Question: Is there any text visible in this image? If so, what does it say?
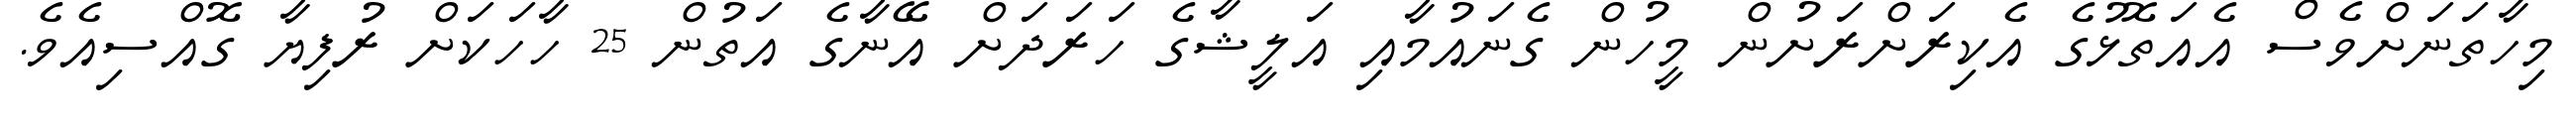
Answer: މިހާތަނަށްވެސް އެއަތޮޅުގެ އެކިރަށްރަށުން މީހުން ގެނައުމާއި އަލީޝާގެ ހަރަދަށް އޭނާގެ އަތުން 25 ހާހަކަށް ރުފިޔާ ގޮއްސިއެވެ.